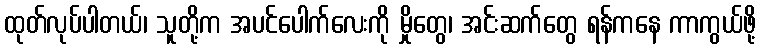
ထုတ်လုပ်ပါတယ်၊ သူတို့က အပင်ပေါက်လေးကို မှိုတွေ၊ အင်းဆက်တွေ ရန်ကနေ ကာကွယ်ဖို့